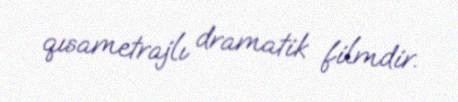
qısametrajlı dramatik filmdir.